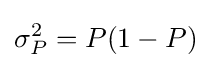
\sigma _{P}^{2}=P(1-P)